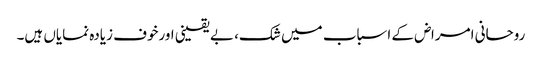
روحانی امراض کے اسباب میں شک، بے یقینی اورخوف زیادہ نمایاں ہیں۔